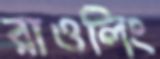
রাওলিং